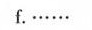
F_{.}…………